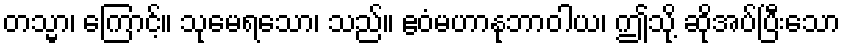
တသ္မာ၊ ကြောင့်။ သုမေရသော၊ သည်။ ဧဝံမဟာနုဘာဝါယ၊ ဤသို့ ဆိုအပ်ပြီးသော